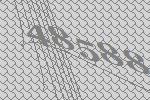
48588